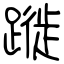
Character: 蹝